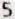
5